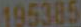
195385